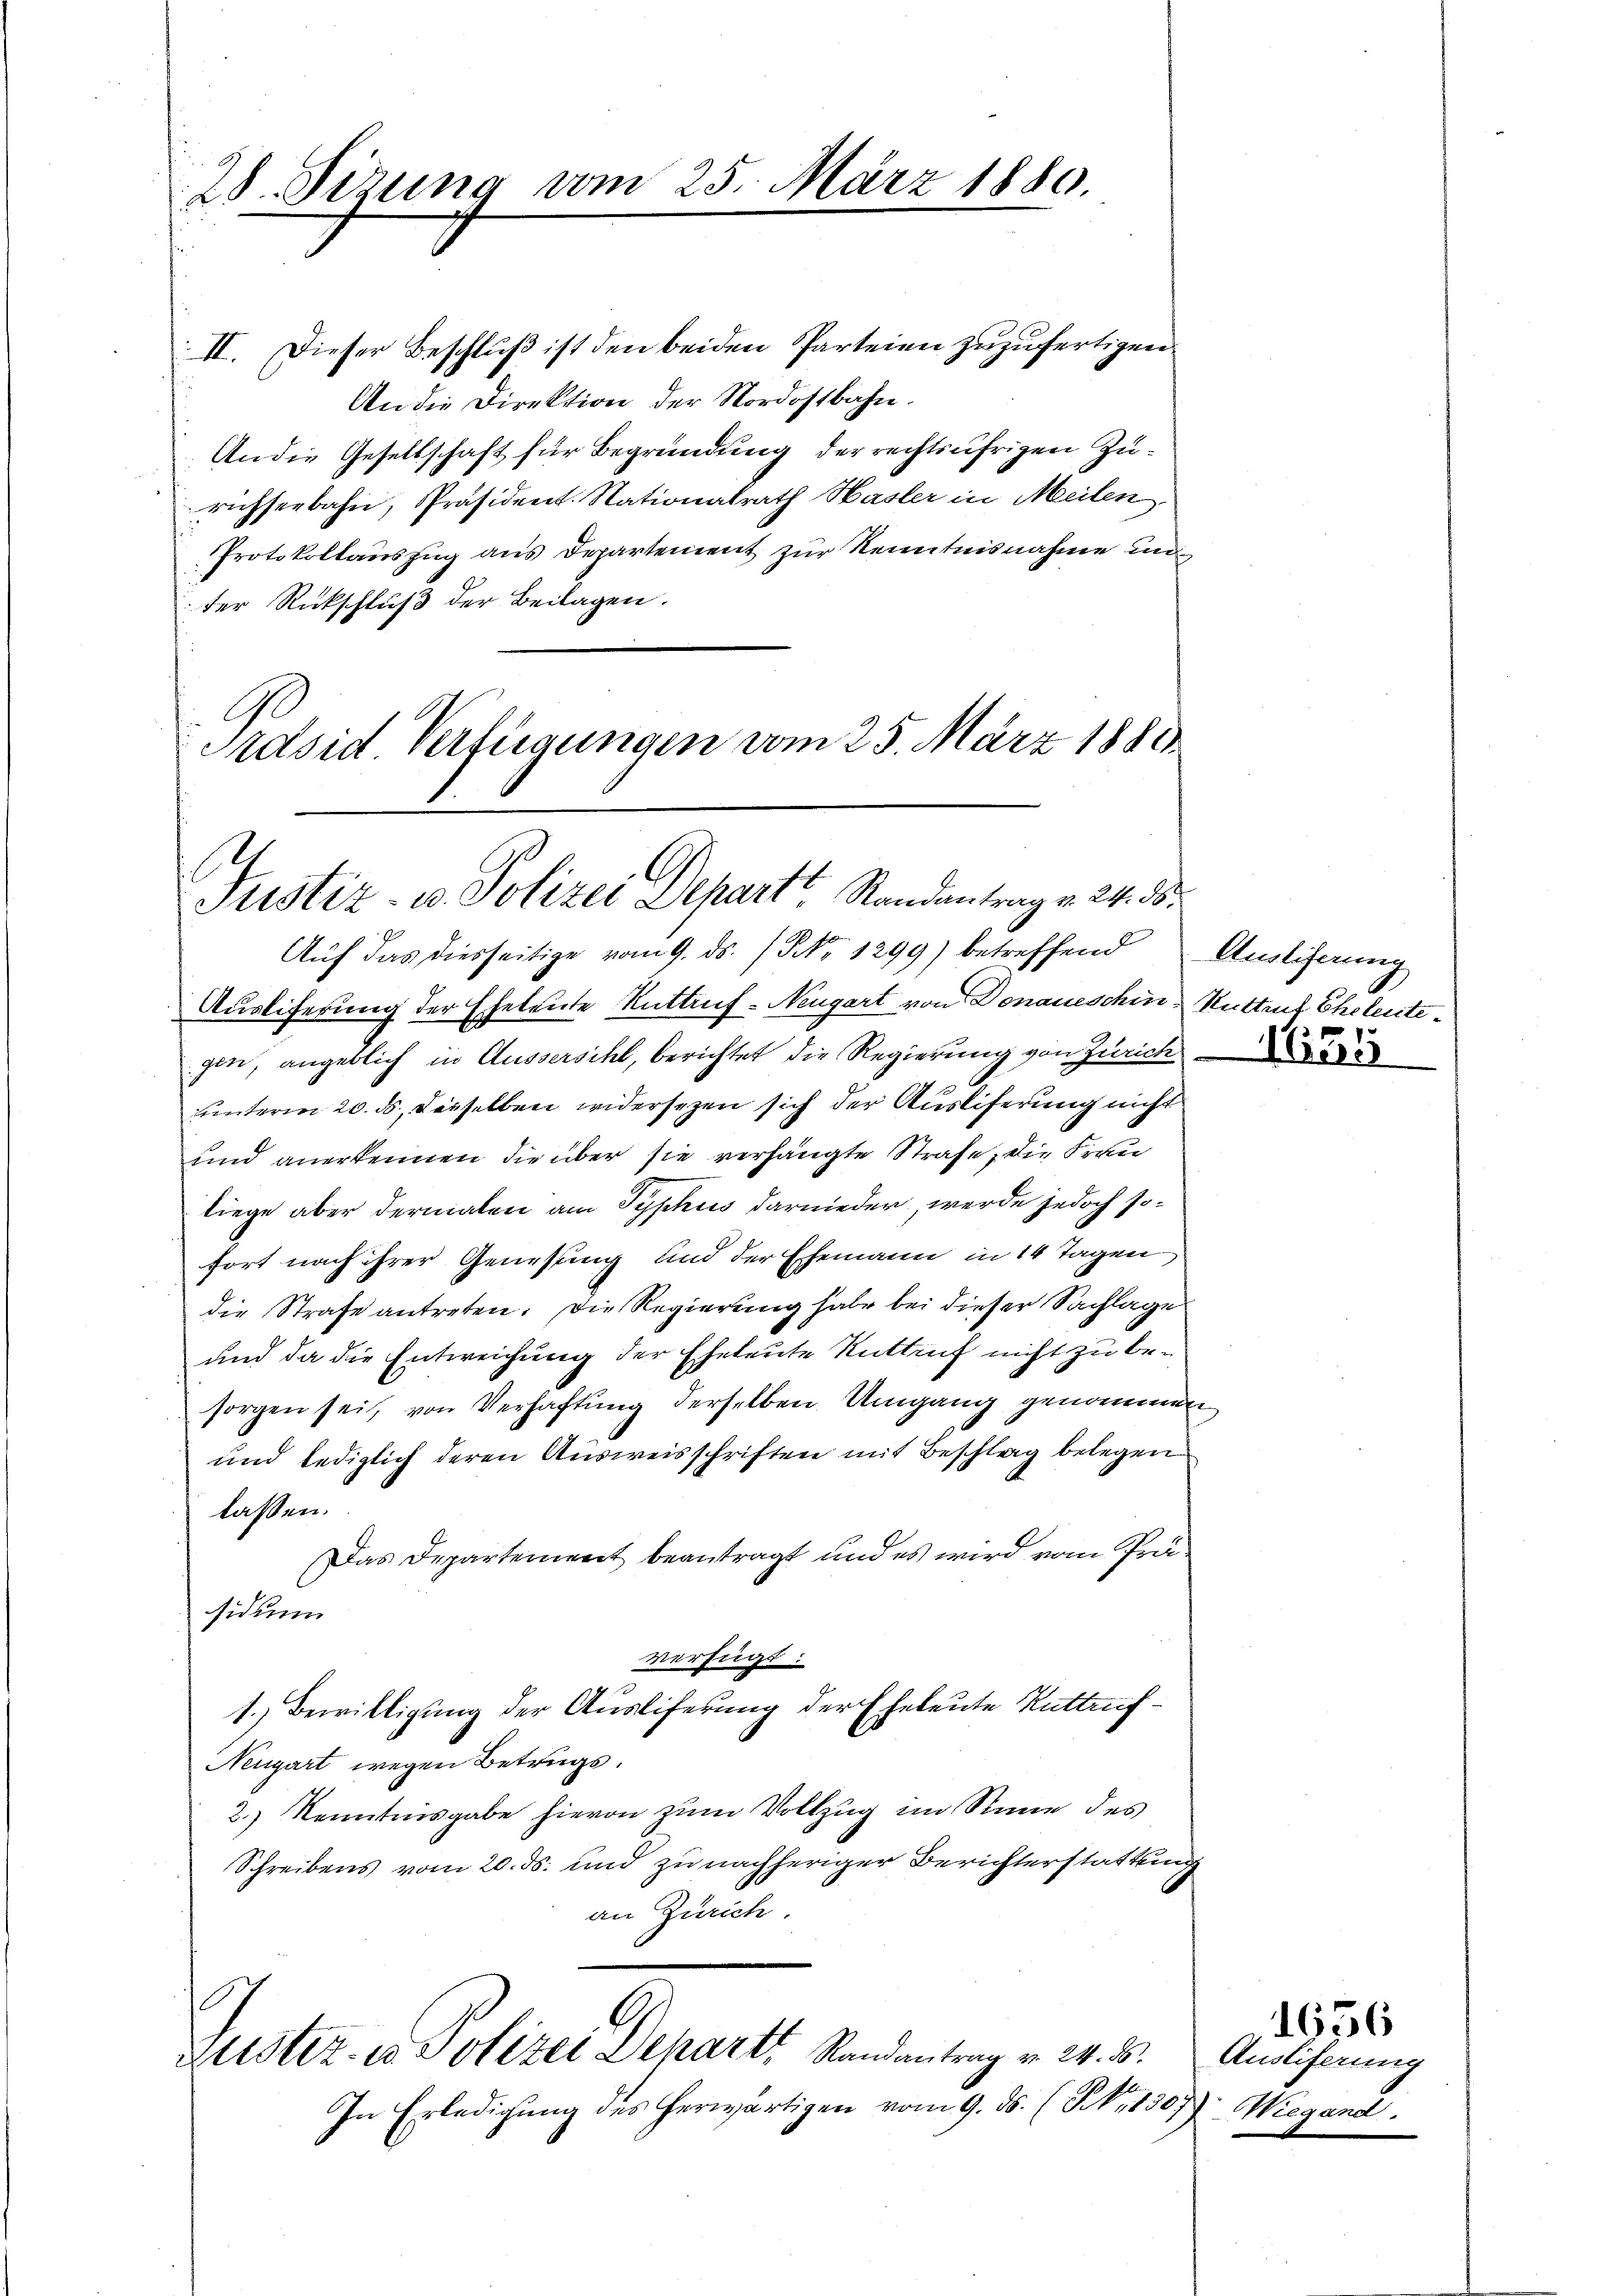
28. Sizung vom 25. März 1880.

II. Dieser Beschluß ist den beiden Parteien zuzufertigen
An die Direktion der Nordostbahn.
An die Gesellschaft für Begründung der rechtsufrigen Zurichseebahn, Präsident. Nationalrath Hasler in Meilen,
Protokollauszug aus Departement zur Kenntnisnahme un
der Rückschluß der Beilagen.
Prdsid Verfügungen vom 25. März 1881

Justiz- u. Polizei Depart Randantrag v. 24. ds.

Auf das diesseitige vom 9. ds. / No 1299) betreffend Auslicherung
Ausliferung der Eheleute Ruttruf-Neugart von Donaueschin, Huttrut Eheleutegin, angeblich in Ausserscht, berichtet die Regierung von Zürich
unterm 20. ds., dieselben widersezen sich der Ausliferung nicht
und anerkennen die über sie verhängte Strafe, die Frau
liege aber dermalen am Typhus darnieder, werde jedoch sofort nach ihrer Genesung und der Ehemann in 14 Tagen
die Strafe antreten. Die Regierung habe bei dieser Sachlage
und da die Entweichung der Eheleute Rütten nicht zu besorgen sei, von Verhaftung derselben Umgang genommen
und lediglich deren Ausweisschriften mit Beschlag belegen
lassen.
Das Departement beantragt und es wird vom Präsidum
verfügt:
1.) Bewilligung der Ausliferung der Eheleute Rattauf¬
Neugart wegen Betrugs.
2.) Kenntnisgabe hievon zum Vollzug im Sinne des
Schreibens vom 20. ds. und zu nachheriger Berichterstattung
an Zürich.

.
A
Luster- u Polizei Schart, Randantrag v. 24. d.

In Erledigung des herwärtigen vom 9. ds. (S. 1507) Wiegand.

Auslieferung

1656